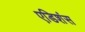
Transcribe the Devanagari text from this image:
एडिशंस